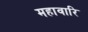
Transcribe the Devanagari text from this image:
महावारि